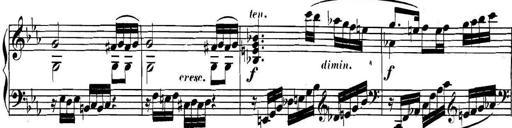
Title: Collected Piano Sonatas
Composer: Muzio Clementi